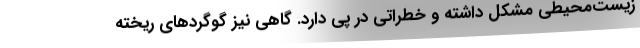
زیست‌محیطی مشکل داشته و خطراتی در پی دارد. گاهی نیز گوگردهای ریخته